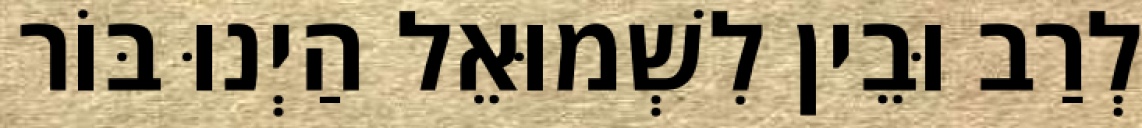
לְרַב וּבֵין לִשְׁמוּאֵל הַיְנוּ בּוֹר